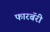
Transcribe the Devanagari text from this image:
फारबॅरी